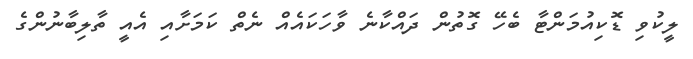
ލީކުވި ޑޮކިއުމަންޓާ ބެހޭ ގޮތުން ދައްކާނެ ވާހަކައެއް ނެތް ކަމަށާއި އެއީ ތާލިބާނުންގެ